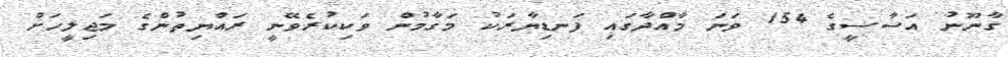
ގާނޫނު އަސާސީގެ 154 ވަނަ މާއްދާގައި ފަނޑިޔާރަކު މަގާމުން ވަކިކުރެވޭނީ ރައްޔިތުންގެ މަޖިލީހަށް